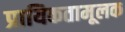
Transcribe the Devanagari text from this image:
प्रायिकतामूलक